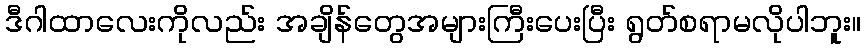
ဒီဂါထာလေးကိုလည်း အချိန်တွေအများကြီးပေးပြီး ရွတ်စရာမလိုပါဘူး။